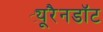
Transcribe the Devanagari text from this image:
ट्यूरैनडॉट